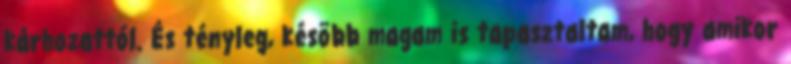
kárhozattól. És tényleg, késõbb magam is tapasztaltam, hogy amikor